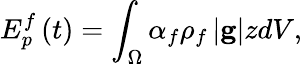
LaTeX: E_{p}^{f}\left(t\right)=\int_{\Omega}\alpha_{f}\rho_{f}\left|\mathbf{g}\right|zdV,